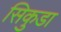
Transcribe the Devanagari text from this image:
सिकुडा